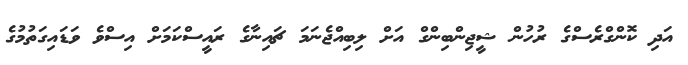
އަދި ކޮންގްރެސްގެ ރުހުން ޝީޖިންބިންގް އަށް ލިބިއްޖެނަމަ ޗައިނާގެ ރައީސްކަމަށް އިސްވެ ވަޑައިގަތުމުގެ